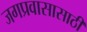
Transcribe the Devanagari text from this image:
जगप्रवासासाठी